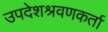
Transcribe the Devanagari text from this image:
उपदेशश्रवणकर्ता